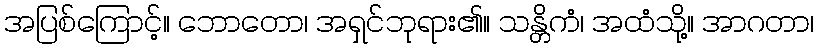
အပြစ်ကြောင့်။ ဘောတော၊ အရှင်ဘုရား၏။ သန္တိကံ၊ အထံသို့။ အာဂတာ၊